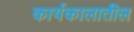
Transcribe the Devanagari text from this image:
कार्यकालातील